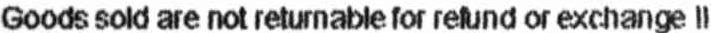
GOODS SOLD ARE NOT RETURNABLE FOR REFUND OR EXCHANGE !!